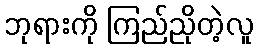
ဘုရားကို ကြည်ညိုတဲ့လူ